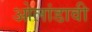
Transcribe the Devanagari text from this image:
ओलांडावी